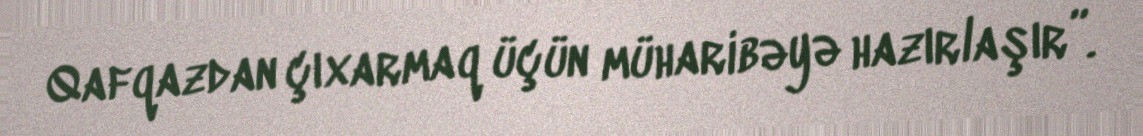
Qafqazdan çıxarmaq üçün müharibəyə hazırlaşır”.